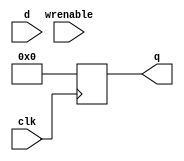
module register32zero(q, d, wrenable, clk);
input [31:0] d;
input wrenable;
input clk;
output reg [31:0] q;

// unneccissary!!
always @(posedge clk) begin
	q = 0;
end
endmodule